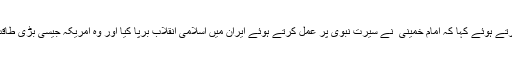
کانفرنس کے اختتام پر قانون ساز کونسل کے ڈپٹی چیئرمین جہانگیر میر نے ذرائع ابلاغ سے بات کرتے ہوئے کہا کہ امام خمینی ؒ نے سیرت نبوی پر عمل کرتے ہوئے ایران میں اسلامی انقلاب برپا کیا اور وہ امریکہ جیسی بڑی طاقت کے سامنے بھی نہیں جھکے اور یہ صرف سیرت نبوی (ص) پر عمل پیرا ہونے کا ہی نتیجہ ہے۔